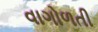
વાગોળતી